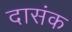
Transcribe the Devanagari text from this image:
दासंक